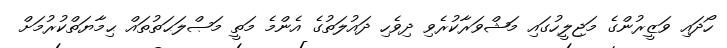
ހޯދައި ވަޒީރުންގެ މަޖިލީހުގައި މަޝްވަރާކުރެވި ދިވެހި ދައުލަތުގެ އެންމެ މަތީ މަޞްލަޙަތުތައް ޙިމާޔަތްކުރުމަށް